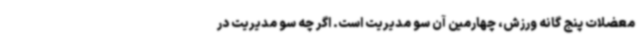
معضلات پنج گانه ورزش، چهارمین آن سو مدیریت است. اگر چه سو مدیریت در